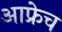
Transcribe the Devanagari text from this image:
आफ्रेच